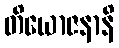
တိယောဇနာနိ